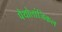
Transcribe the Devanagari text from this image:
पैथोलांजिकल